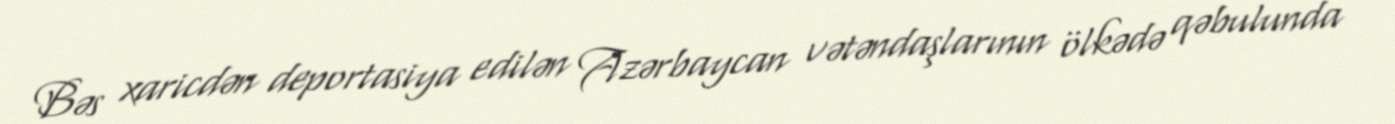
Bəs xaricdən deportasiya edilən Azərbaycan vətəndaşlarının ölkədə qəbulunda